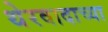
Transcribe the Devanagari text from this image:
थेरवादाच्या